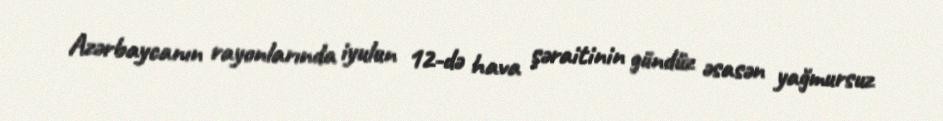
Azərbaycanın rayonlarında iyulun 12-də hava şəraitinin gündüz əsasən yağmursuz